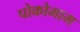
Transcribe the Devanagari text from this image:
पोकोमाम